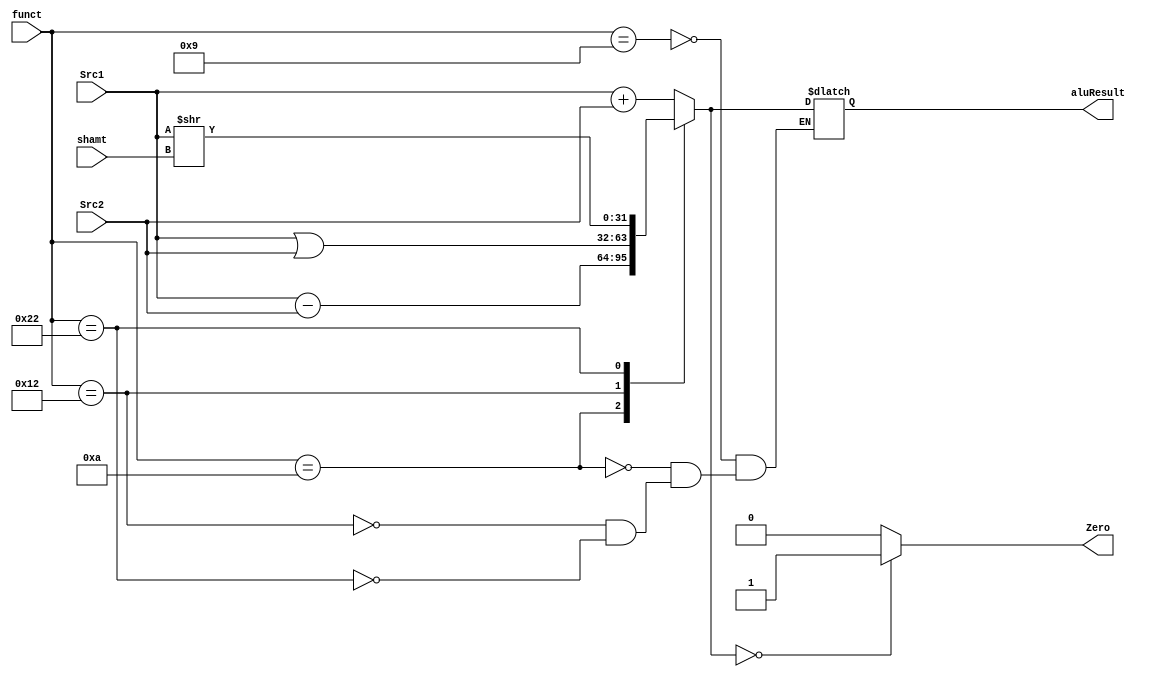
module ALU (
    input [31:0] Src1,Src2,
    input [5:0] funct,
    input [4:0] shamt,
    output reg [31:0] aluResult,
    output reg Zero
);
    always @(funct or shamt or Src1 or Src2) begin
        case (funct)
            6'b001001: aluResult = Src1+Src2;
            6'b001010: aluResult = Src1-Src2;
            6'b010010: aluResult = Src1 | Src2;
            6'b100010: aluResult = Src1 >> shamt;
            default:aluResult = aluResult;
        endcase
        if (aluResult == 0) begin
            Zero = 1;
        end
        else begin
            Zero = 0;
        end
    end
endmodule